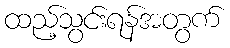
ထည့်သွင်းရန်အတွက်